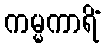
ကမ္မကာရိံ